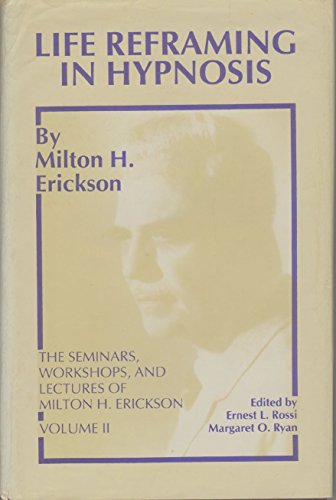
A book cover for Life Reframing in Hypnosis (Seminars, Workshops, and Lectures of Milton H. Erickson, Vol 2) (v. 2); Milton H. Erickson; Health, Fitness & Dieting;